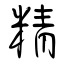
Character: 精